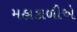
મહાકાળીએ